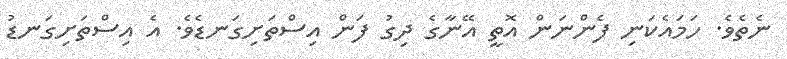
ނެތެވެ. ހަމައެކަނި ފެންނަން އޮތީ އޭނާގެ ދިގު ފަން އިސްތަށިގަނޑެވެ. އެ އިސްތަށިގަނޑު